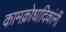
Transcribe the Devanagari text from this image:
कामक्रोधादिकांनीं